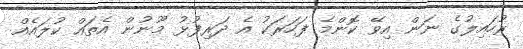
ރުހައިލުގެ ނަން އިވޭ ކޮންމެ ފަހަރަކު އެ ދަރިފުޅު މޫނުން އެތައް ކުލައެއް